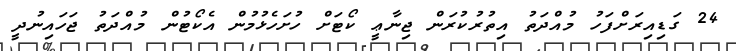
24 ގަޑިއިރަށްފަހު މުއްދަތު އިތުރުކުރަން ޖިނާޢީ ކޯޓަށް ހުށަހެޅުމުން އެކޯޓުން މުއްދަތު ޖަހައިނުދީ